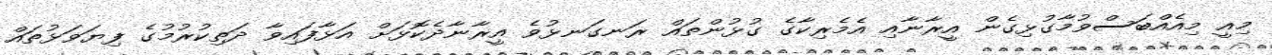
މިއީ މިއެއްބަސްވުމާގުޅިގެން އީރާނާއި އެމެރިކާގެ ގުޅުންތައް ރަނގަނޅުވެ އީރާނާދެކޮޅަށް އަޅާފައިވާ ދަތިކުރުމުގެ ފިޔަވަޅުތައް